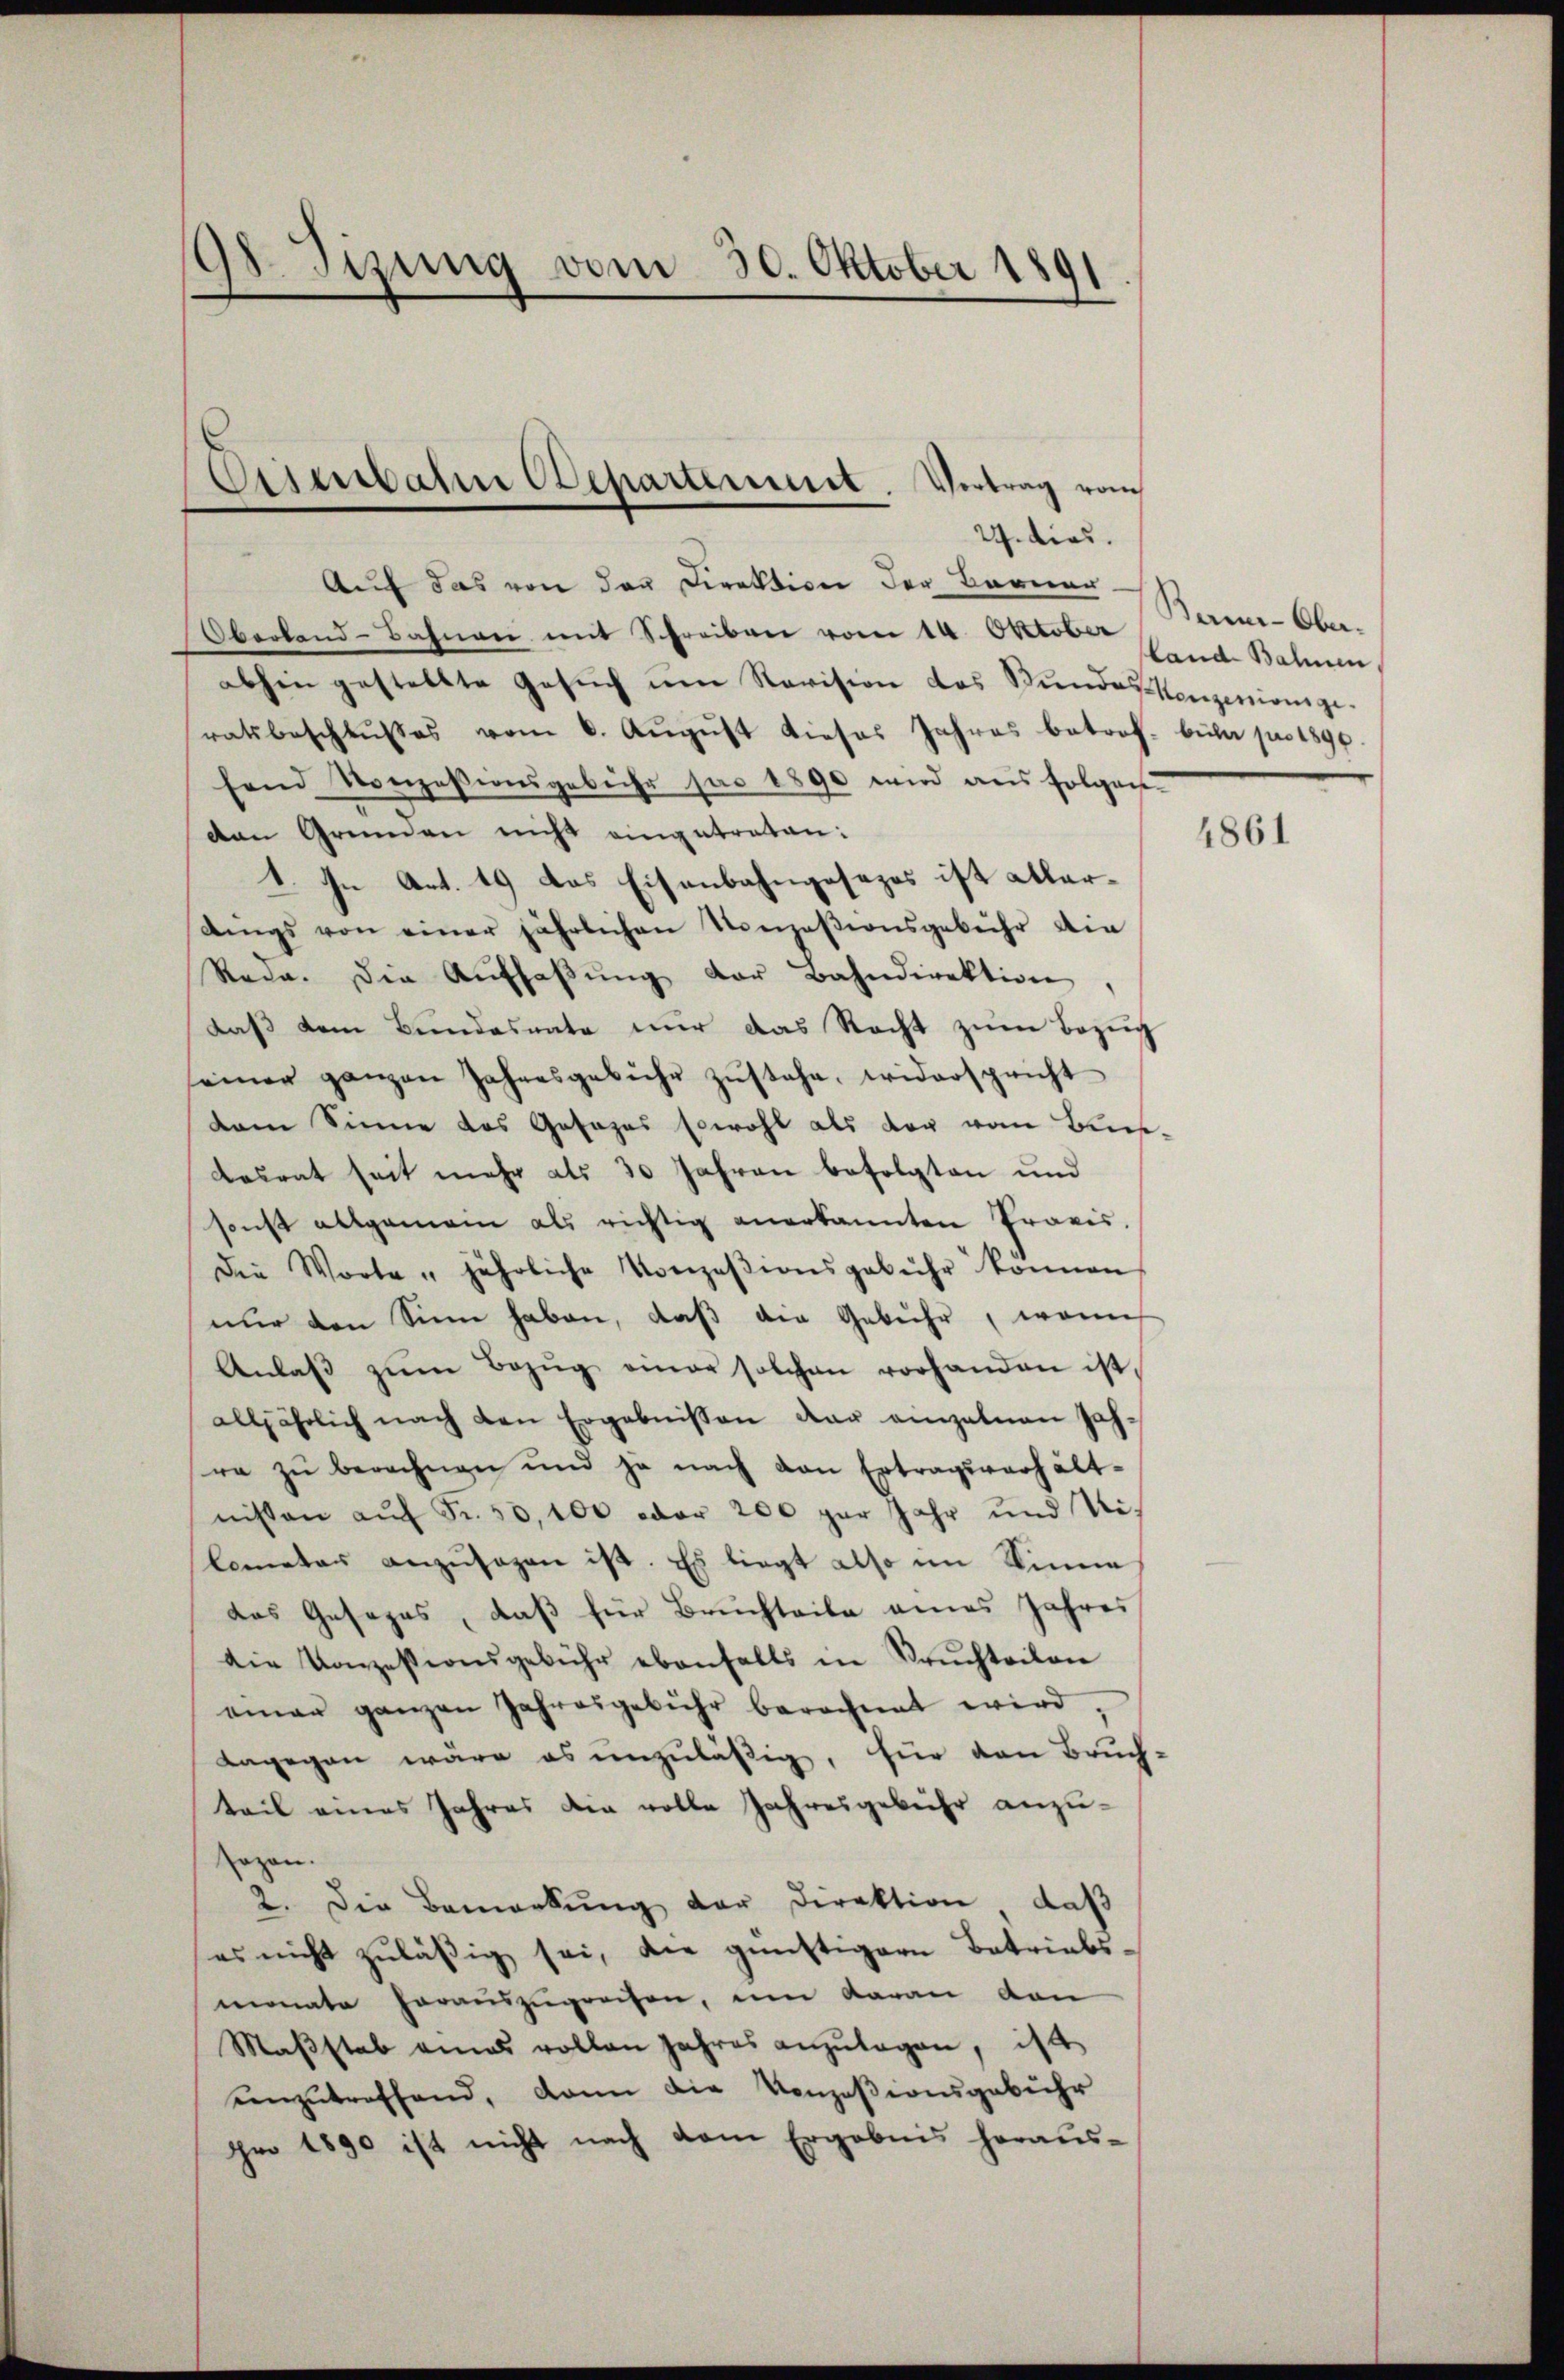
98. Sizung vom 30. Oktober 1891

Auf das von den Direktion der Berner-
Oberland-Bahnen mit Schreiben vom 14. Oktober
abhin gestellte Gesŭch um Revision das Bundes Kenzensionsgeratsbeschlŭsses vom 6. Aŭgŭst dieses Jahres betrof- bula pro 1890
fend Konzessionsgebühr par 1890 wird aus folgen
den Gründen nicht eingetraten:
1. In Art. 49 das Eisenbahngesezes ist allerdings von einer jährlichen Konzesionsgebühr die
Rede. Die Auffaßung der Bahndirektion
daß dem Bundesnate nur das Recht zum Bezug
seiner ganzen Jahresgebühr zŭstehe, widerspricht
dam Sinne das Gesages sowohl als der vom Bris¬
Lesrat seit mehr als 30 Jahren befolgten und
sonst allgemein als richtig anerkannten Provis.
Die Worte " jährliche Vorzeβionsgebühr können
nur den Sinn haben, daß die Gebühr, wenn
Anlaβ zŭm Bezŭg einer solchen vorhanden ist,
alljährlich nach den Ergebnissen der einzelnen Jahre zŭ berechnen und ja nach den Ertragsverhält-
nissen aŭf Fr. 50,100 oder 200 per Jahr und Nilometer anzusagen ist. Es liegt also im Sinne
das Gesezes, daß für Bruchteile eines Jahres
die Konzessionsgebühr ebenfalls in Bruchteilen
einer ganzen Jahresgebühr berechnet wird.
dagegen wäre es unzuläßig, für den Bruch
teil eines Jahres die volle Jahresgebühr anzuogen.
2. Die Bemerkŭng der Direktion, daß
es nicht zuläßig sei, die günstigern Betriebsmonate herauszugreifen, um daran den
Maβstab eines vollen Jahres anzŭlagen, ist
enzutreffend, dann die Konzesionsgebühr
pro 1890 ist nicht nach dem Ergebnis heraus-

Eisenbahn chartement. Vertrag vom
24. dies

Ban-Oberland Bahnen

4861